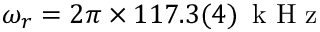
\omega _ { r } = 2 \pi \times 1 1 7 . 3 ( 4 ) \, \mathrm { ~ k ~ H ~ z ~ }